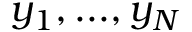
y _ { 1 } , . . . , y _ { N }